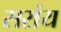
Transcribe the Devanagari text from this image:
सरांय